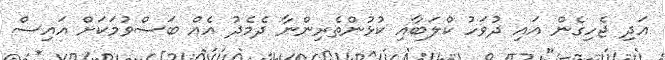
އަދި ޖެހިގެން އައި ދުވަހު ކްލަބާއި ކުޅުންތެރިންނާ ދެމެދު އެއް ބަސްވުމަކަށް އައިސް